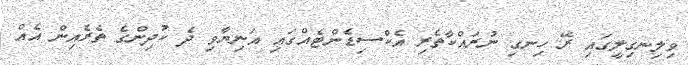
ވިލިނގިލީގައި ރޭ ހިނގި ނުރައްކާތެރި އެކްސިޑެންޓެއްގައި އަނިޔާވި ދެ ކުދިންގެ ތެރެއިން އެއް